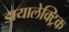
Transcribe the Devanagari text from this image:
डायालेक्ट्रिक